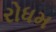
રોધમ